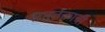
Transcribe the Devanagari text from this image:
समूर्तकाची